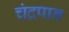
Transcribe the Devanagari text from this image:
चंद्रपान